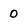
Character: 0